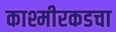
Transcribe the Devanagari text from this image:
काश्मीरकडचा